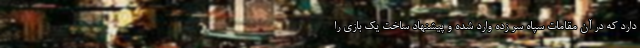
دارد که در آن مقامات سپاه سر زده وارد شده و پیشنهاد ساخت یک بازی را